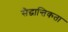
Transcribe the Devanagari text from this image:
सैद्धान्तिकता